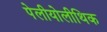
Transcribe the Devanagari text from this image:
पेलीयोलीथिक